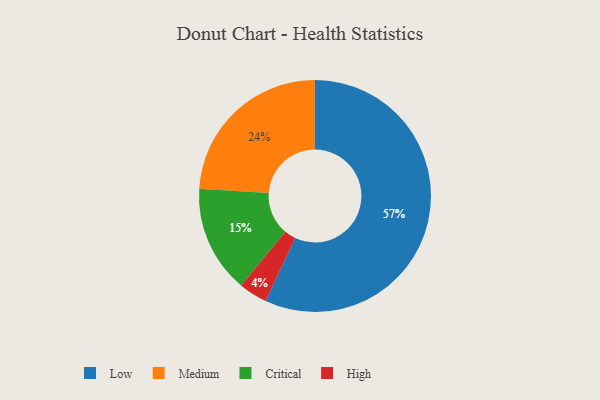
{"axis": {"x": "Category", "y": "Percentage"}, "legend": ["Critical", "High", "Low", "Medium"], "data": [{"x": "High", "y": 4, "type": "High"}, {"x": "Low", "y": 57, "type": "Low"}, {"x": "Critical", "y": 15, "type": "Critical"}, {"x": "Medium", "y": 24, "type": "Medium"}]}